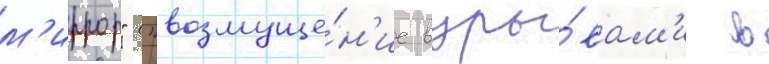
м'иррор" ("возмуще́н'ие взры́вам'и в